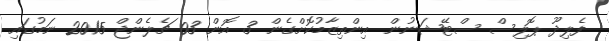
ފެލިދޫ ޕޮލިސް ސްޓޭޝަނުން އިންތިޒާމުކޮށްގެން 3 އޮން 03 ޗެލެންޖް 2015 ނަމުގައި